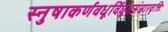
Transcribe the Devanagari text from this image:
स्नुषाकर्णवधूर्विधूतसंसारवृत्तिः